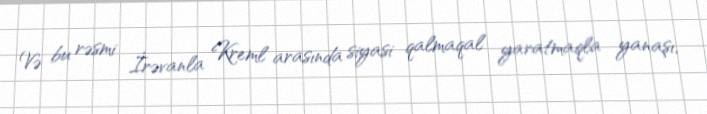
Və bu rəsmi İrəvanla Kreml arasında siyasi qalmaqal yaratmaqla yanaşı,